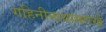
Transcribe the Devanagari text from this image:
गहिनीनाथासारखे